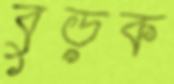
বুড়ক